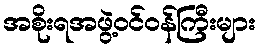
အစိုးရအဖွဲ့ဝင်ဝန်ကြီးများ